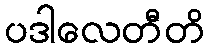
ပဒါလေတီတိ